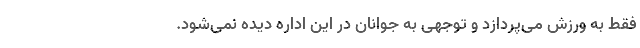
فقط به ورزش می‌پردازد و توجهی به جوانان در این اداره دیده نمی‌شود.